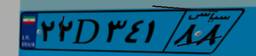
۳۵D۸۰۴۱۴